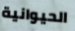
الحيوانية